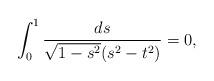
LaTeX: \begin{align*} \int_0^1 \frac{ds}{\sqrt{1-s^2} (s^2-t^2)} = 0,\end{align*}